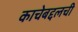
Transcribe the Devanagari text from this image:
काचेबद्दलची